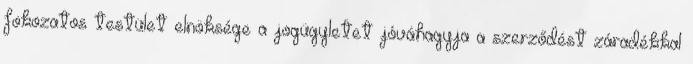
fokozatos testület elnöksége a jogügyletet jóváhagyja a szerződést záradékkal